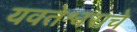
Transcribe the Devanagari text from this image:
यवतेश्वराचे